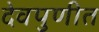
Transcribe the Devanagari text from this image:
देवपुणीत